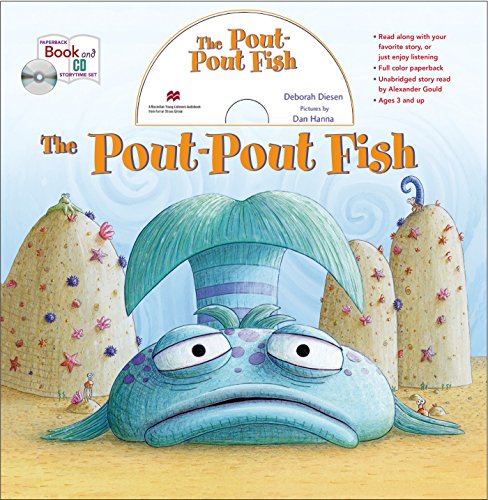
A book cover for The Pout-Pout Fish book and CD storytime set; Deborah Diesen; Children's Books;